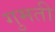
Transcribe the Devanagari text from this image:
गुमती